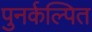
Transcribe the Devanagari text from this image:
पुनर्कल्पित